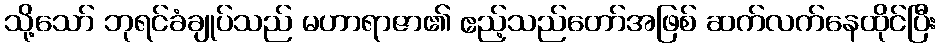
သို့သော် ဘုရင်ခံချုပ်သည် မဟာရာဇာ၏ ဧည့်သည်တော်အဖြစ် ဆက်လက်နေထိုင်ပြီး